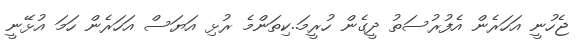
ޖެހުނީ އަހަރެން އެފުރުސަތު ދީގެން ހުރީމަ..ކިތަންމެ ރުޅި އަޔަސް އަހަރެން ހަމަ އުޅޭނީ